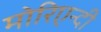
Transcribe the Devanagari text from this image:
मोरिएन्दी